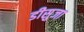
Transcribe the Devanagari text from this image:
डीसुजा